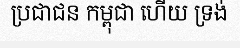
ប្រជាជន កម្ពុជា ហើយ ទ្រង់